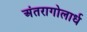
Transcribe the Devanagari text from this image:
अंतरागोलार्ध